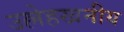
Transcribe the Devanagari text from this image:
उल्लेहखनीय